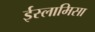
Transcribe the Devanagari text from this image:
ईस्लामिसा